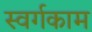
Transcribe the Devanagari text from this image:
स्वर्गकाम